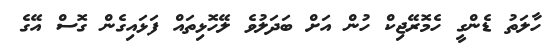
ހާލަތު ޑެންގީ ހެމޮރޭޖިކް ހުން އަށް ބަދަލުވެ ލޭހޮޅިތައް ފަޅައިގެން ގޮސް އޭގެ